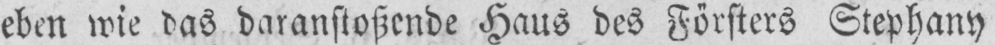
eben wie das daranstoßende Haus des Försters Stephany